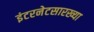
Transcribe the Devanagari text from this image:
इंटरनेटसारख्या